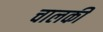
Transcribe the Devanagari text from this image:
चालकी